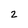
Character: 2